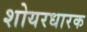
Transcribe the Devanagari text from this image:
शोयरधारक